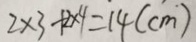
2 \times 3 + 2 \times 4 = 1 4 ( c m )